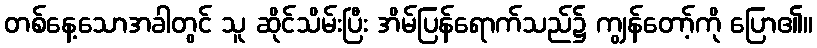
တစ်နေ့သောအခါတွင် သူ ဆိုင်သိမ်းပြီး အိမ်ပြန်ရောက်သည်၌ ကျွန်တော့်ကို ပြော၏။